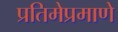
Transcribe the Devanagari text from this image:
प्रतिमेप्रमाणे